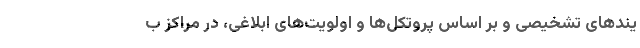
یندهای تشخیصی و بر اساس پروتکل‌ها و اولویت‌های ابلاغی، در مراکز ب